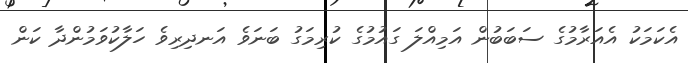
އެކަމަކު އެއަރާމުގެ ސަބަބުން އަމިއްލަ ގައުމުގެ ކުރިމަގު ބަނަވެ އަނދިރިވެ ހަލާކުވަމުންދާ ކަން